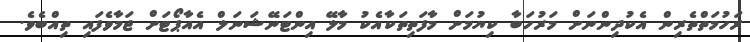
ރަހުމަތްތެރިން އެކުދިންނަށް މަރުހަބާ ކިޔުމަށް މާފަތިތަކާއެކު މާލޭ އިންޓަނޭޝަނަލް އެއާޕޯޓަށް ޖަމާވެފައި ތިއްބެވެ.